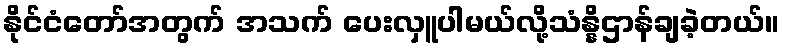
နိုင်ငံတော်အတွက် အသက် ပေးလှူပါမယ်လို့သံန္နိဌာန်ချခဲ့တယ်။